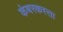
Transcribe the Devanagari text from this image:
कंबरकस्ता